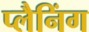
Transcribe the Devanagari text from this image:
प्लैनिंग